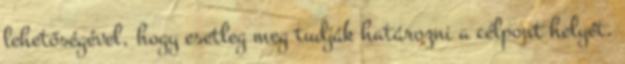
lehetőségével, hogy esetleg meg tudják határozni a célpont helyét.